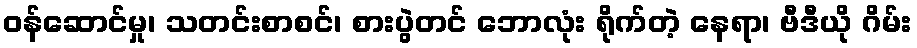
ဝန်ဆောင်မှု၊ သတင်းစာစင်၊ စားပွဲတင် ဘောလုံး ရိုက်တဲ့ နေရာ၊ ဗီဒီယို ဂိမ်း